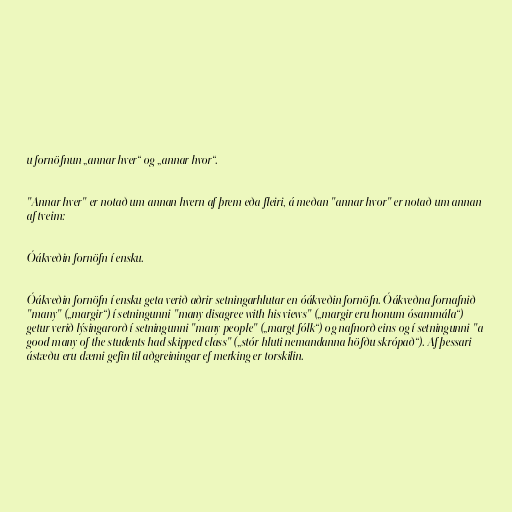
u fornöfnun „annar hver“ og „annar hvor“.

"Annar hver" er notað um annan hvern af þrem eða fleiri, á meðan "annar hvor" er notað um annan
af tveim:

Óákveðin fornöfn í ensku.

Óákveðin fornöfn í ensku geta verið aðrir setningarhlutar en óákveðin fornöfn. Óákveðna fornafnið
"many" („margir“) í setningunni "many disagree with his views" („margir eru honum ósammála“)
getur verið lýsingarorð í setningunni "many people" („margt fólk“) og nafnorð eins og í setningunni "a
good many of the students had skipped class" („stór hluti nemandanna höfðu skrópað“). Af þessari
ástæðu eru dæmi gefin til aðgreiningar ef merking er torskilin.